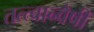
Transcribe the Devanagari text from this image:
तत्त्वान्वेषी